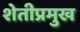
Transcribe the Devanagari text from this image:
शेतीप्रमुख